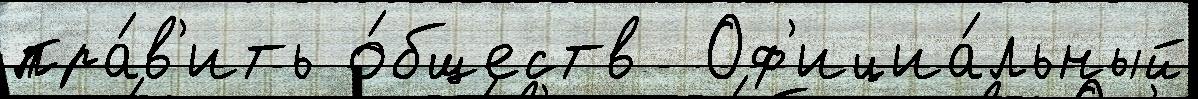
пра́в'ить о́бществ  Оф'ициа́льный